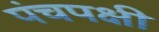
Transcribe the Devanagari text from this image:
पंचपक्षी